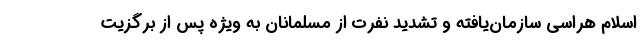
اسلام هراسی سازمان‌یافته و تشدید نفرت از مسلمانان به ویژه پس از برگزیت